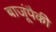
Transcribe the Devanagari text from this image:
बाजूंपैकी